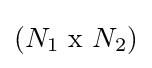
(N_{1}{\text{ x }}N_{2})